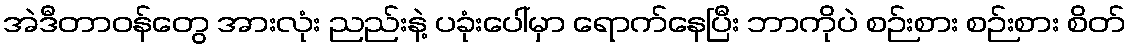
အဲဒီတာဝန်တွေ အားလုံး ညည်းနဲ့ ပခုံးပေါ်မှာ ရောက်နေပြီး ဘာကိုပဲ စဉ်းစား စဉ်းစား စိတ်